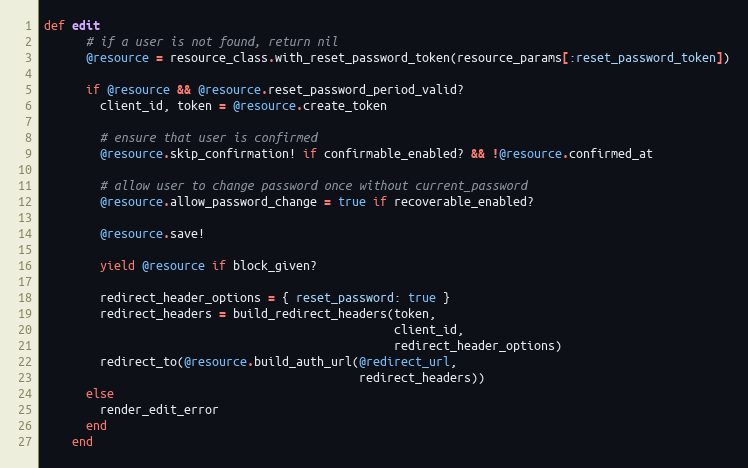
Language: Ruby
def edit
      # if a user is not found, return nil
      @resource = resource_class.with_reset_password_token(resource_params[:reset_password_token])

      if @resource && @resource.reset_password_period_valid?
        client_id, token = @resource.create_token

        # ensure that user is confirmed
        @resource.skip_confirmation! if confirmable_enabled? && !@resource.confirmed_at

        # allow user to change password once without current_password
        @resource.allow_password_change = true if recoverable_enabled?

        @resource.save!

        yield @resource if block_given?

        redirect_header_options = { reset_password: true }
        redirect_headers = build_redirect_headers(token,
                                                  client_id,
                                                  redirect_header_options)
        redirect_to(@resource.build_auth_url(@redirect_url,
                                             redirect_headers))
      else
        render_edit_error
      end
    end